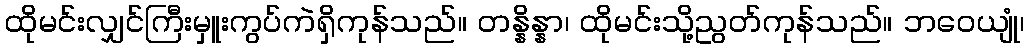
ထိုမင်းလျှင်ကြီးမှူးကွပ်ကဲရှိကုန်သည်။ တန္နိန္နာ၊ ထိုမင်းသို့ညွတ်ကုန်သည်။ ဘဝေယျုံ၊